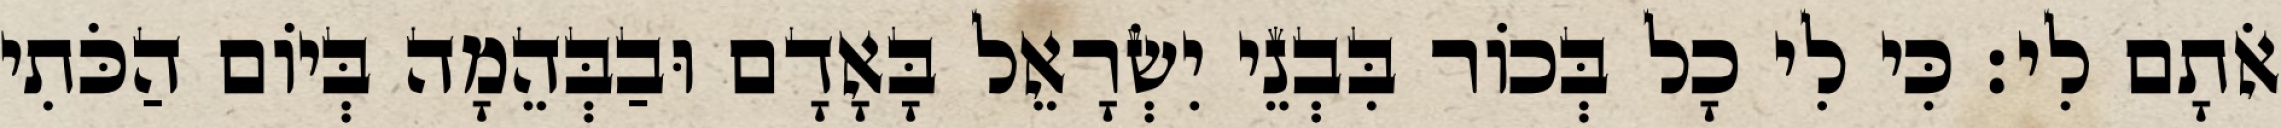
אֹתָם לִי׃ כִּי לִי כָל בְּכוֹר בִּבְנֵי יִשְׂרָאֵל בָּאָדָם וּבַבְּהֵמָה בְּיוֹם הַכֹּתִי